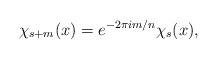
\begin{align*}\chi_{s+m}(x)=e^{-2\pi i m/n} \chi_{s}(x),\end{align*}